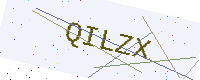
Text: QILZX